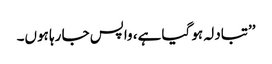
’’تبادلہ ہو گیا ہے، واپس جا رہا ہوں۔